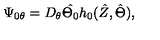
\Psi _ { 0 \theta } = D _ { \theta } \hat { \Theta _ { 0 } } h _ { 0 } ( \hat { Z } , \hat { \Theta } ) ,